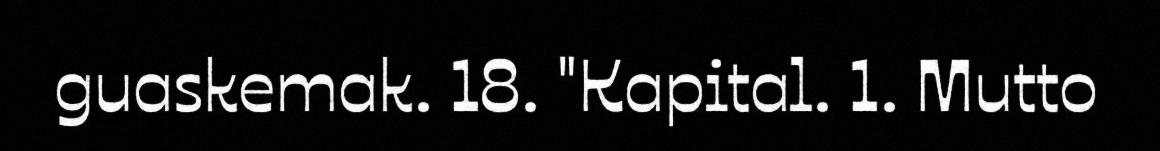
guaskemak. 18. "Kapital. 1. Mutto